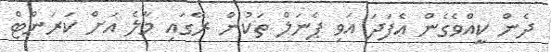
ދެން ކީއްވެގެން އެފަދަ އަވި ޕެނަލް ތަކުން ރޭގައި މާލެ އަށް ކަރަންޓް